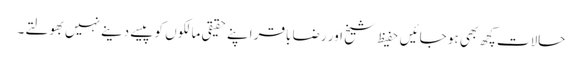
حالات کچھ بھی ہو جائیں حفیظ شیخ اور رضا باقر اپنے حقیقی مالکوں کو پیسے دینے نہیں بھولتے۔